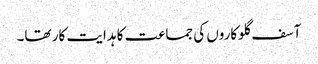
آسف گلوکاروں کی جماعت کا ہدایت کار تھا۔